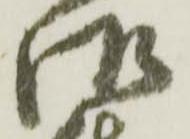
御